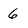
Character: 6